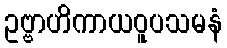
ဥဗ္ဗာဟိကာယဝူပသမနံ